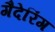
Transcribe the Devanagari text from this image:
गैदेरिंग